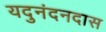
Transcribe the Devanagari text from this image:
यदुनंदनदास